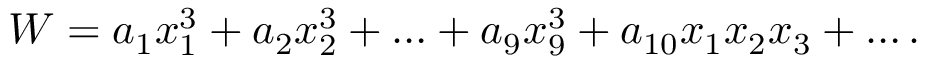
W = a _ { 1 } x _ { 1 } ^ { 3 } + a _ { 2 } x _ { 2 } ^ { 3 } + \ldots + a _ { 9 } x _ { 9 } ^ { 3 } + a _ { 1 0 } x _ { 1 } x _ { 2 } x _ { 3 } + \ldots .